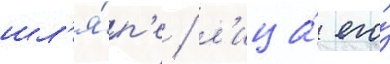
шл'я́п'е / л'ица́ его́